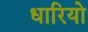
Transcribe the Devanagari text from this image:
धारियो